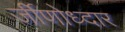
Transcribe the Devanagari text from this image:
र्जीणोध्दार